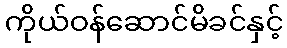
ကိုယ်ဝန်ဆောင်မိခင်နှင့်